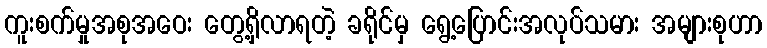
ကူးစက်မှုအစုအဝေး တွေ့ရှိလာရတဲ့ ခရိုင်မှ ရွေ့ပြောင်းအလုပ်သမား အများစုဟာ